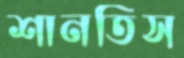
শানতিস